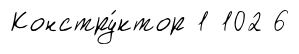
Констру́ктор 1 102 6